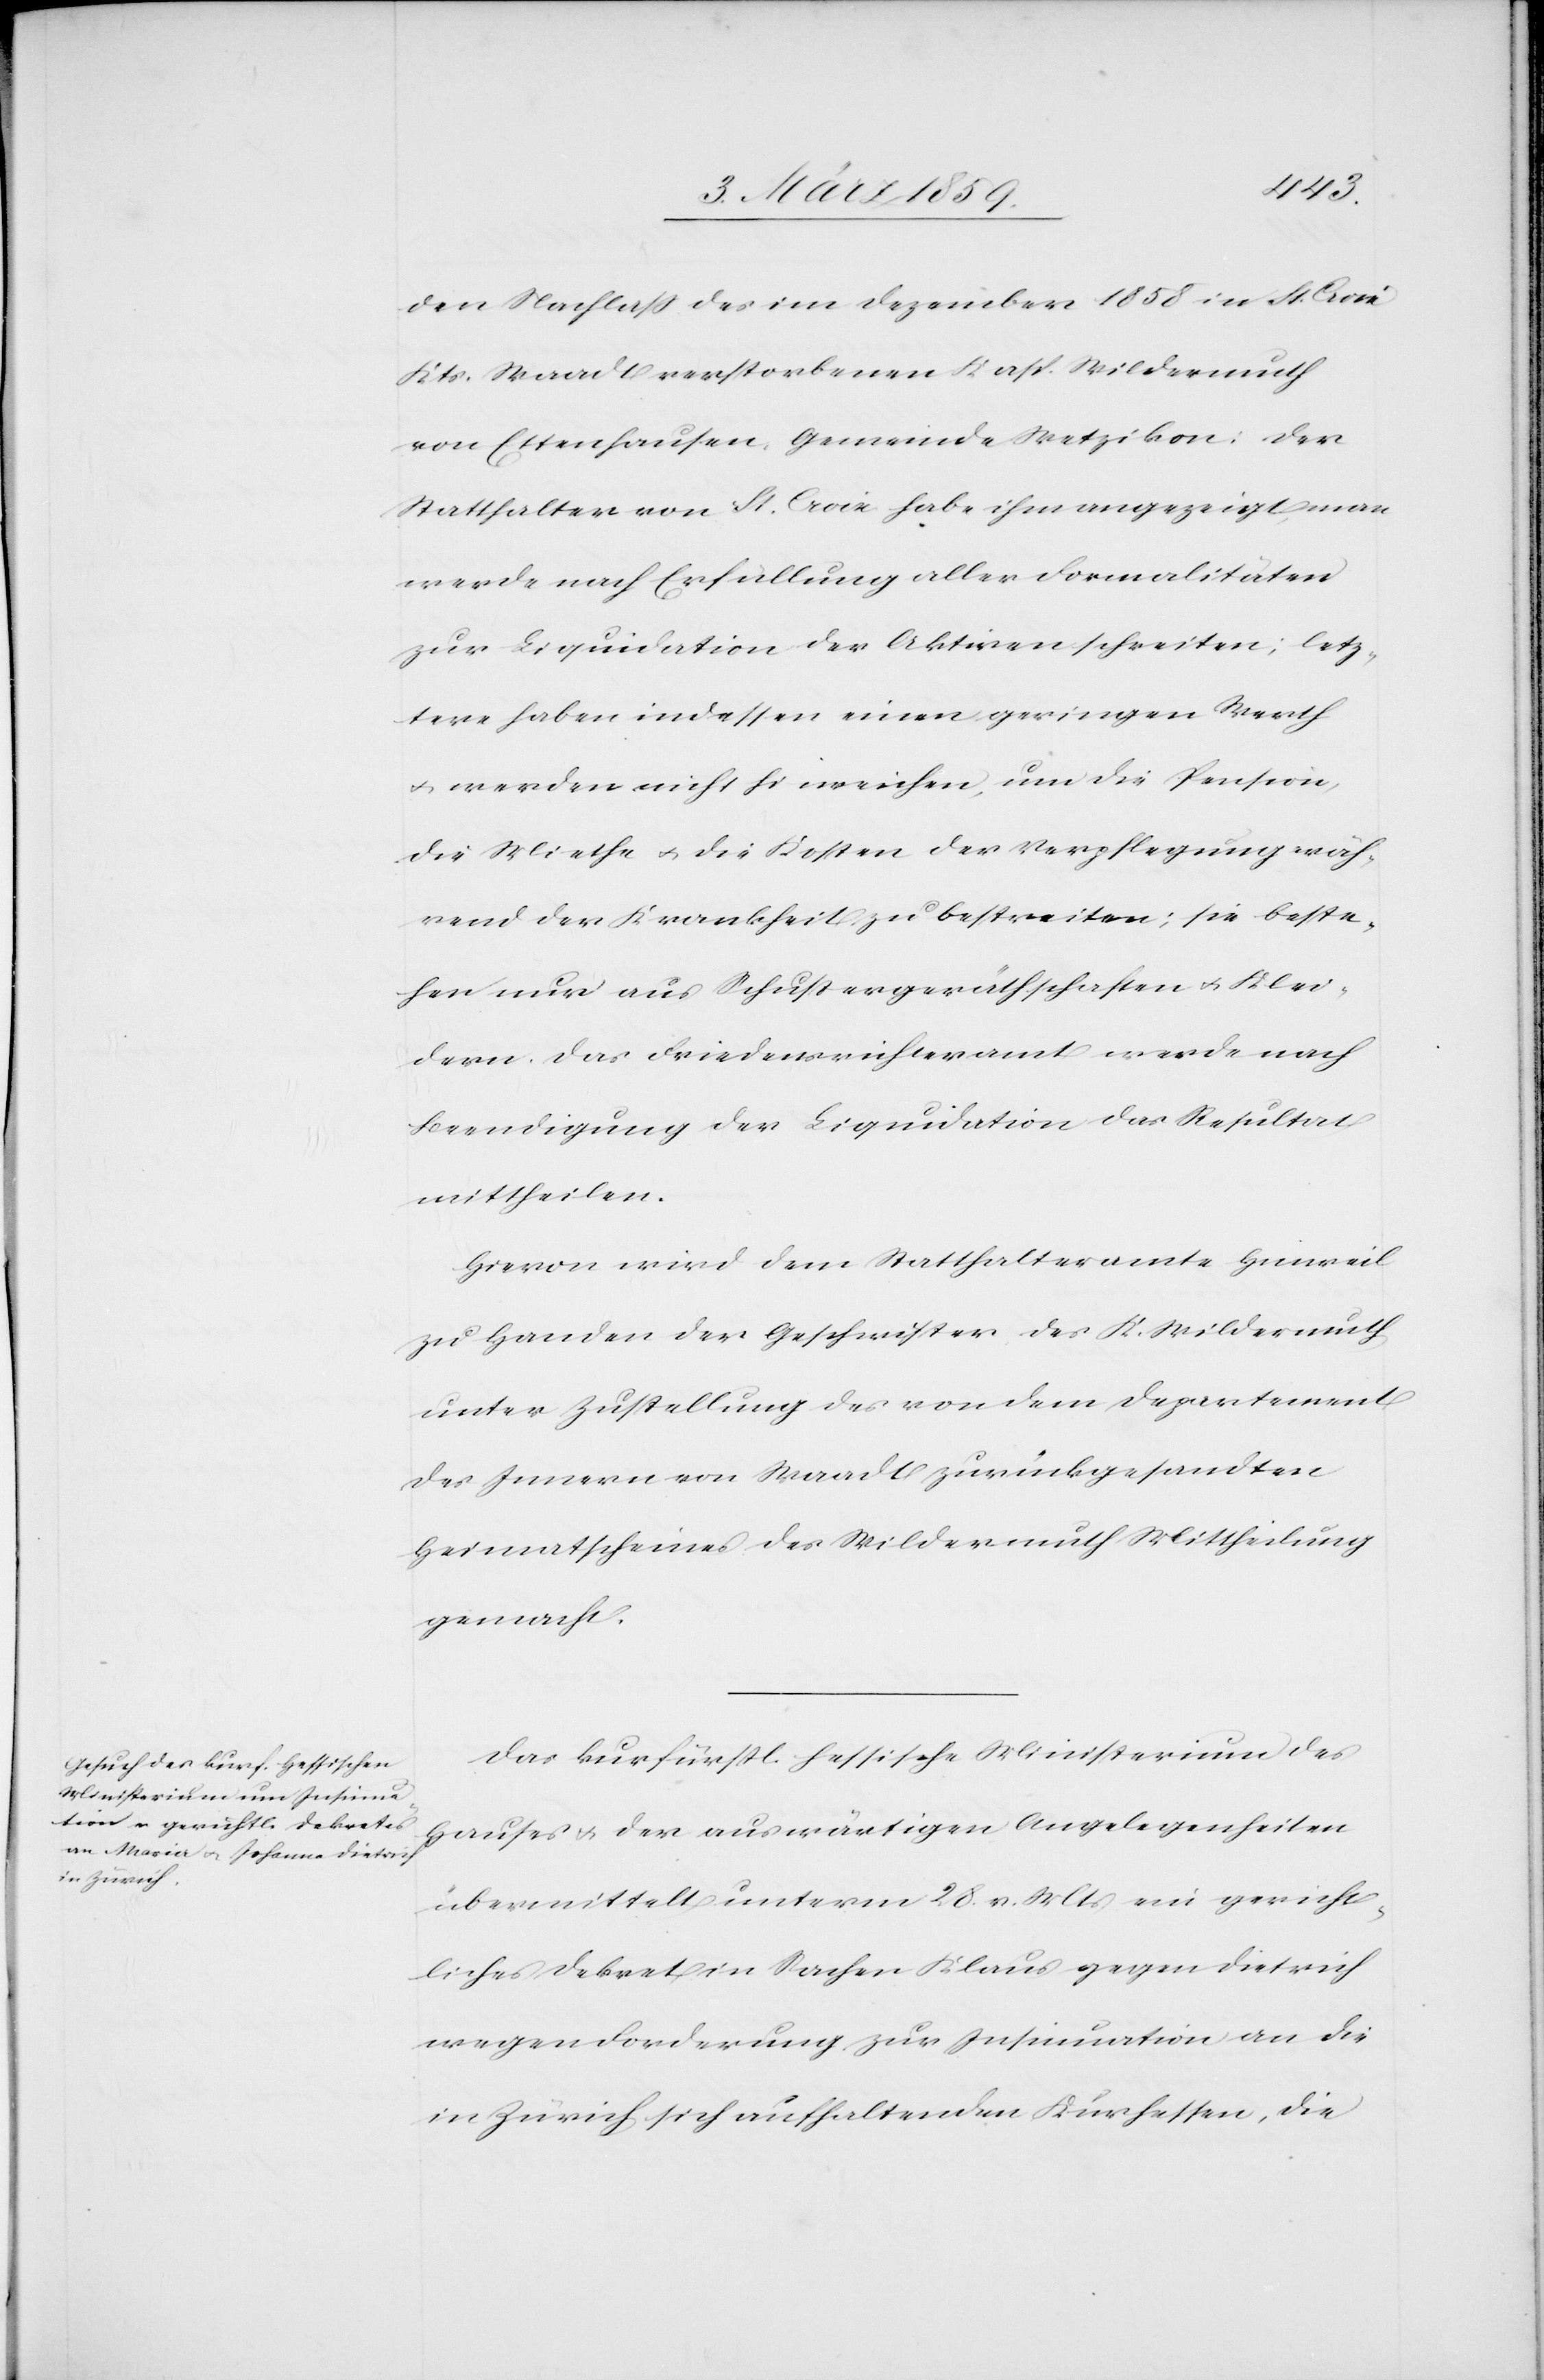
den Nachlaß des im Dezember 1858 in St. Croix
Kts. Waadt verstorbenen Kasp. Wildermuth
von Ettenhausen, Gemeinde Wetzikon: der
Statthalter von St. Croix habe ihm angezeigt, man
werde nach Erfüllung aller Formalitäten
zur Liquidation der Aktiven schreiten; letz¬
tere haben indessen einen geringen Werth
u. werden nicht hinreichen, um die Pension,
die Miethe u. die Kosten der Verpflegung wäh¬
rend der Krankheit zu bestreiten; sie beste¬
hen nur aus Schustergeräthschaften u. Klei¬
dern. Das Friedensrichteramt werde nach
Beendigung der Liquidation das Resultat
mittheilen.
Hievon wird dem Statthalteramte Hinweil
zu Handen der Geschwister des K. Wildermuth
unter Zustellung des von dem Departement
des Innern von Waadt zurückgesandten
Heimatscheines des Wildermuth Mittheilung
gemacht.
Das kurfürstl. hessische Ministerium des
Hauses u. der auswärtigen Angelegenheiten
übermittelt unterm 28. v. Mts ein gericht¬
liches Dekret in Sachen Klaus gegen Dietrich
wegen Forderung zur Insinuation an die
in Zürich sich aufhaltenden Kurhessen, die